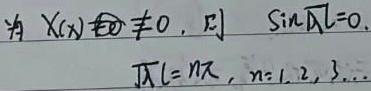
因为 $X(x)\not\equiv0$，则 $\sin\sqrt{\lambda}l = 0$。
\[\sqrt{\lambda}l=n\pi,n = 1,2,3,\cdots\]